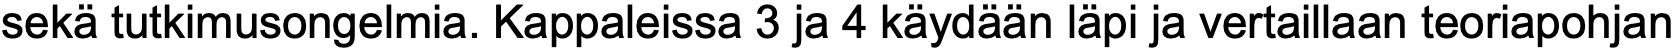
sekä tutkimusongelmia. Kappaleissa 3 ja 4 käydään läpi ja vertaillaan teoriapohjan